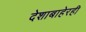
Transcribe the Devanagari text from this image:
देशाबाहेरही